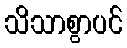
သိသာစွာပင်